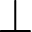
\bot